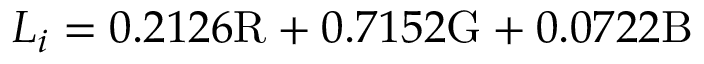
L _ { i } = 0 . 2 1 2 6 \mathrm { R } + 0 . 7 1 5 2 \mathrm { G } + 0 . 0 7 2 2 \mathrm { B }